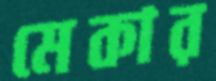
মেকার